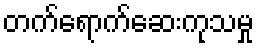
တက်ရောက်ဆေးကုသမှု